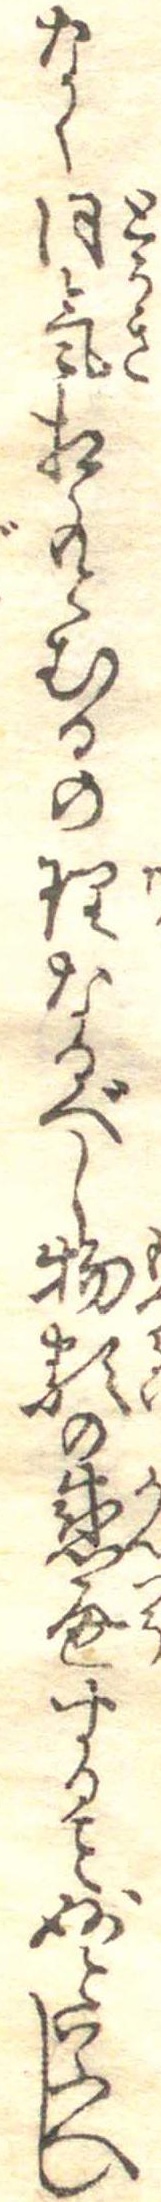
なく同気相もとむるの理なるべし物類の感通するを妙といふへし